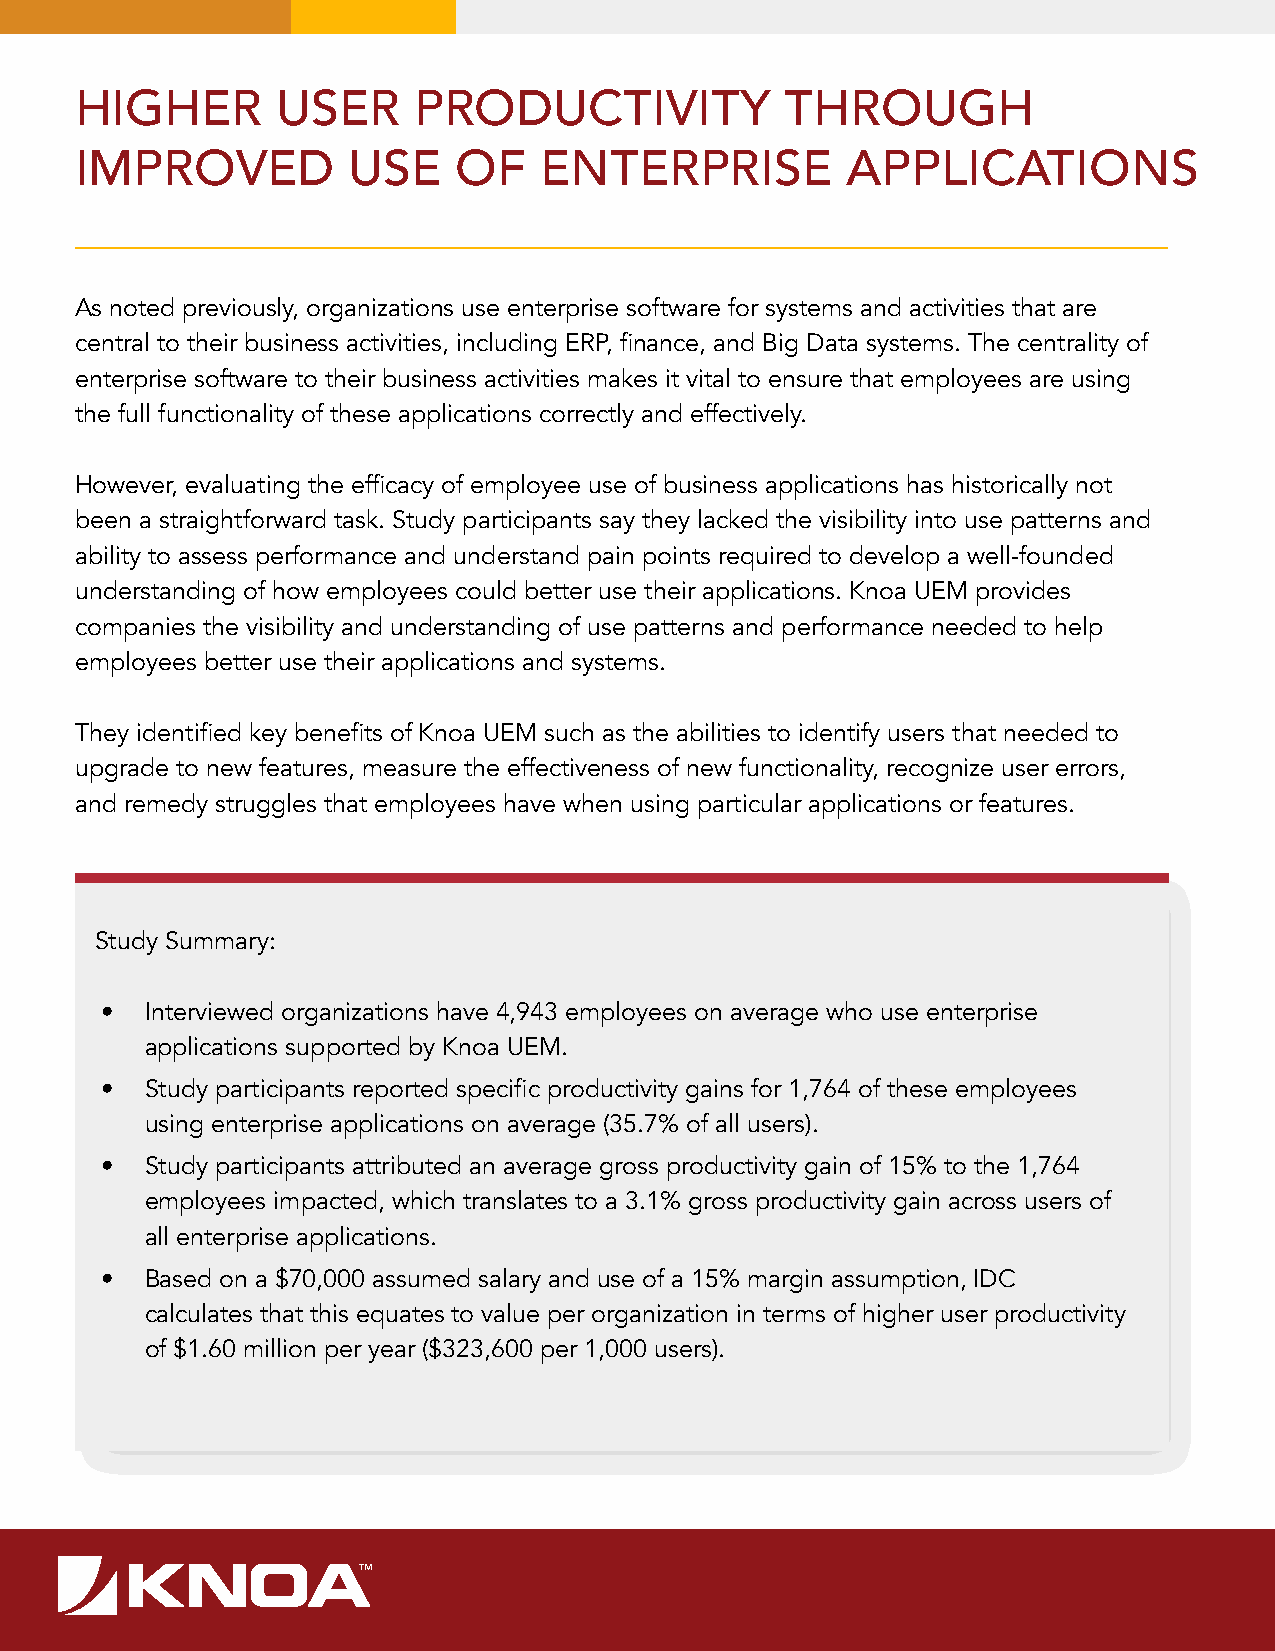
HIGHER       USER     PRODUCTIVITY             THROUGH
 IMPROVED          USE    OF    ENTERPRISE          APPLICATIONS
 As noted previously, organizations use enterprise software for systems and activities that are
 central to their business activities, including ERP, finance, and Big Data systems. The centrality of
 enterprise software to their business activities makes it vital to ensure that employees are using
 the full functionality of these applications correctly and effectively.
 However, evaluating the efficacy of employee use of business applications has historically not
 been a straightforward task. Study participants say they lacked the visibility into use patterns and
 ability to assess performance and understand pain points required to develop a well-founded
 understanding of how employees could better use their applications. Knoa UEM provides
 companies the visibility and understanding of use patterns and performance needed to help
 employees better use their applications and systems.
 They identified key benefits of Knoa UEM such as the abilities to identify users that needed to
 upgrade to new features, measure the effectiveness of new functionality, recognize user errors,
 and remedy struggles that employees have when using particular applications or features.
 Study Summary:
 •  Interviewed organizations have 4,943 employees on average who use enterprise
 applications supported by Knoa UEM.
 •  Study participants reported specific productivity gains for 1,764 of these employees
 using enterprise applications on average (35.7% of all users).
 •  Study participants attributed an average gross productivity gain of 15% to the 1,764
 employees impacted, which translates to a 3.1% gross productivity gain across users of
 all enterprise applications.
 •  Based on a $70,000 assumed salary and use of a 15% margin assumption, IDC
 calculates that this equates to value per organization in terms of higher user productivity
 of $1.60 million per year ($323,600 per 1,000 users).